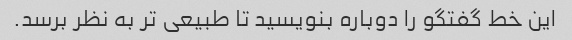
این خط گفتگو را دوباره بنویسید تا طبیعی تر به نظر برسد.